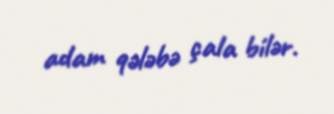
adam qələbə çala bilər.